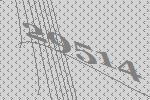
29514